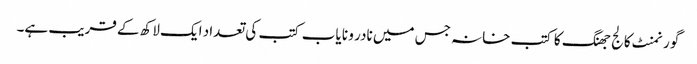
گورنمنٹ کالج جھنگ کا کتب خانہ جس میں نادر و نا یاب کتب کی تعداد ایک لاکھ کے قریب ہے۔